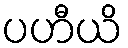
ပဟီယိ